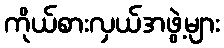
ကိုယ်စားလှယ်အဖွဲ့များ